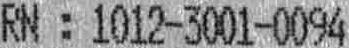
RN : 1012-3001-0094